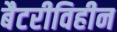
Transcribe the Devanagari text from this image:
बैटरीविहीन